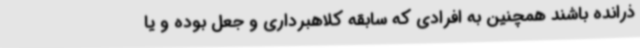
ذرانده باشند همچنین به افرادی که سابقه کلاهبرداری و جعل بوده و یا